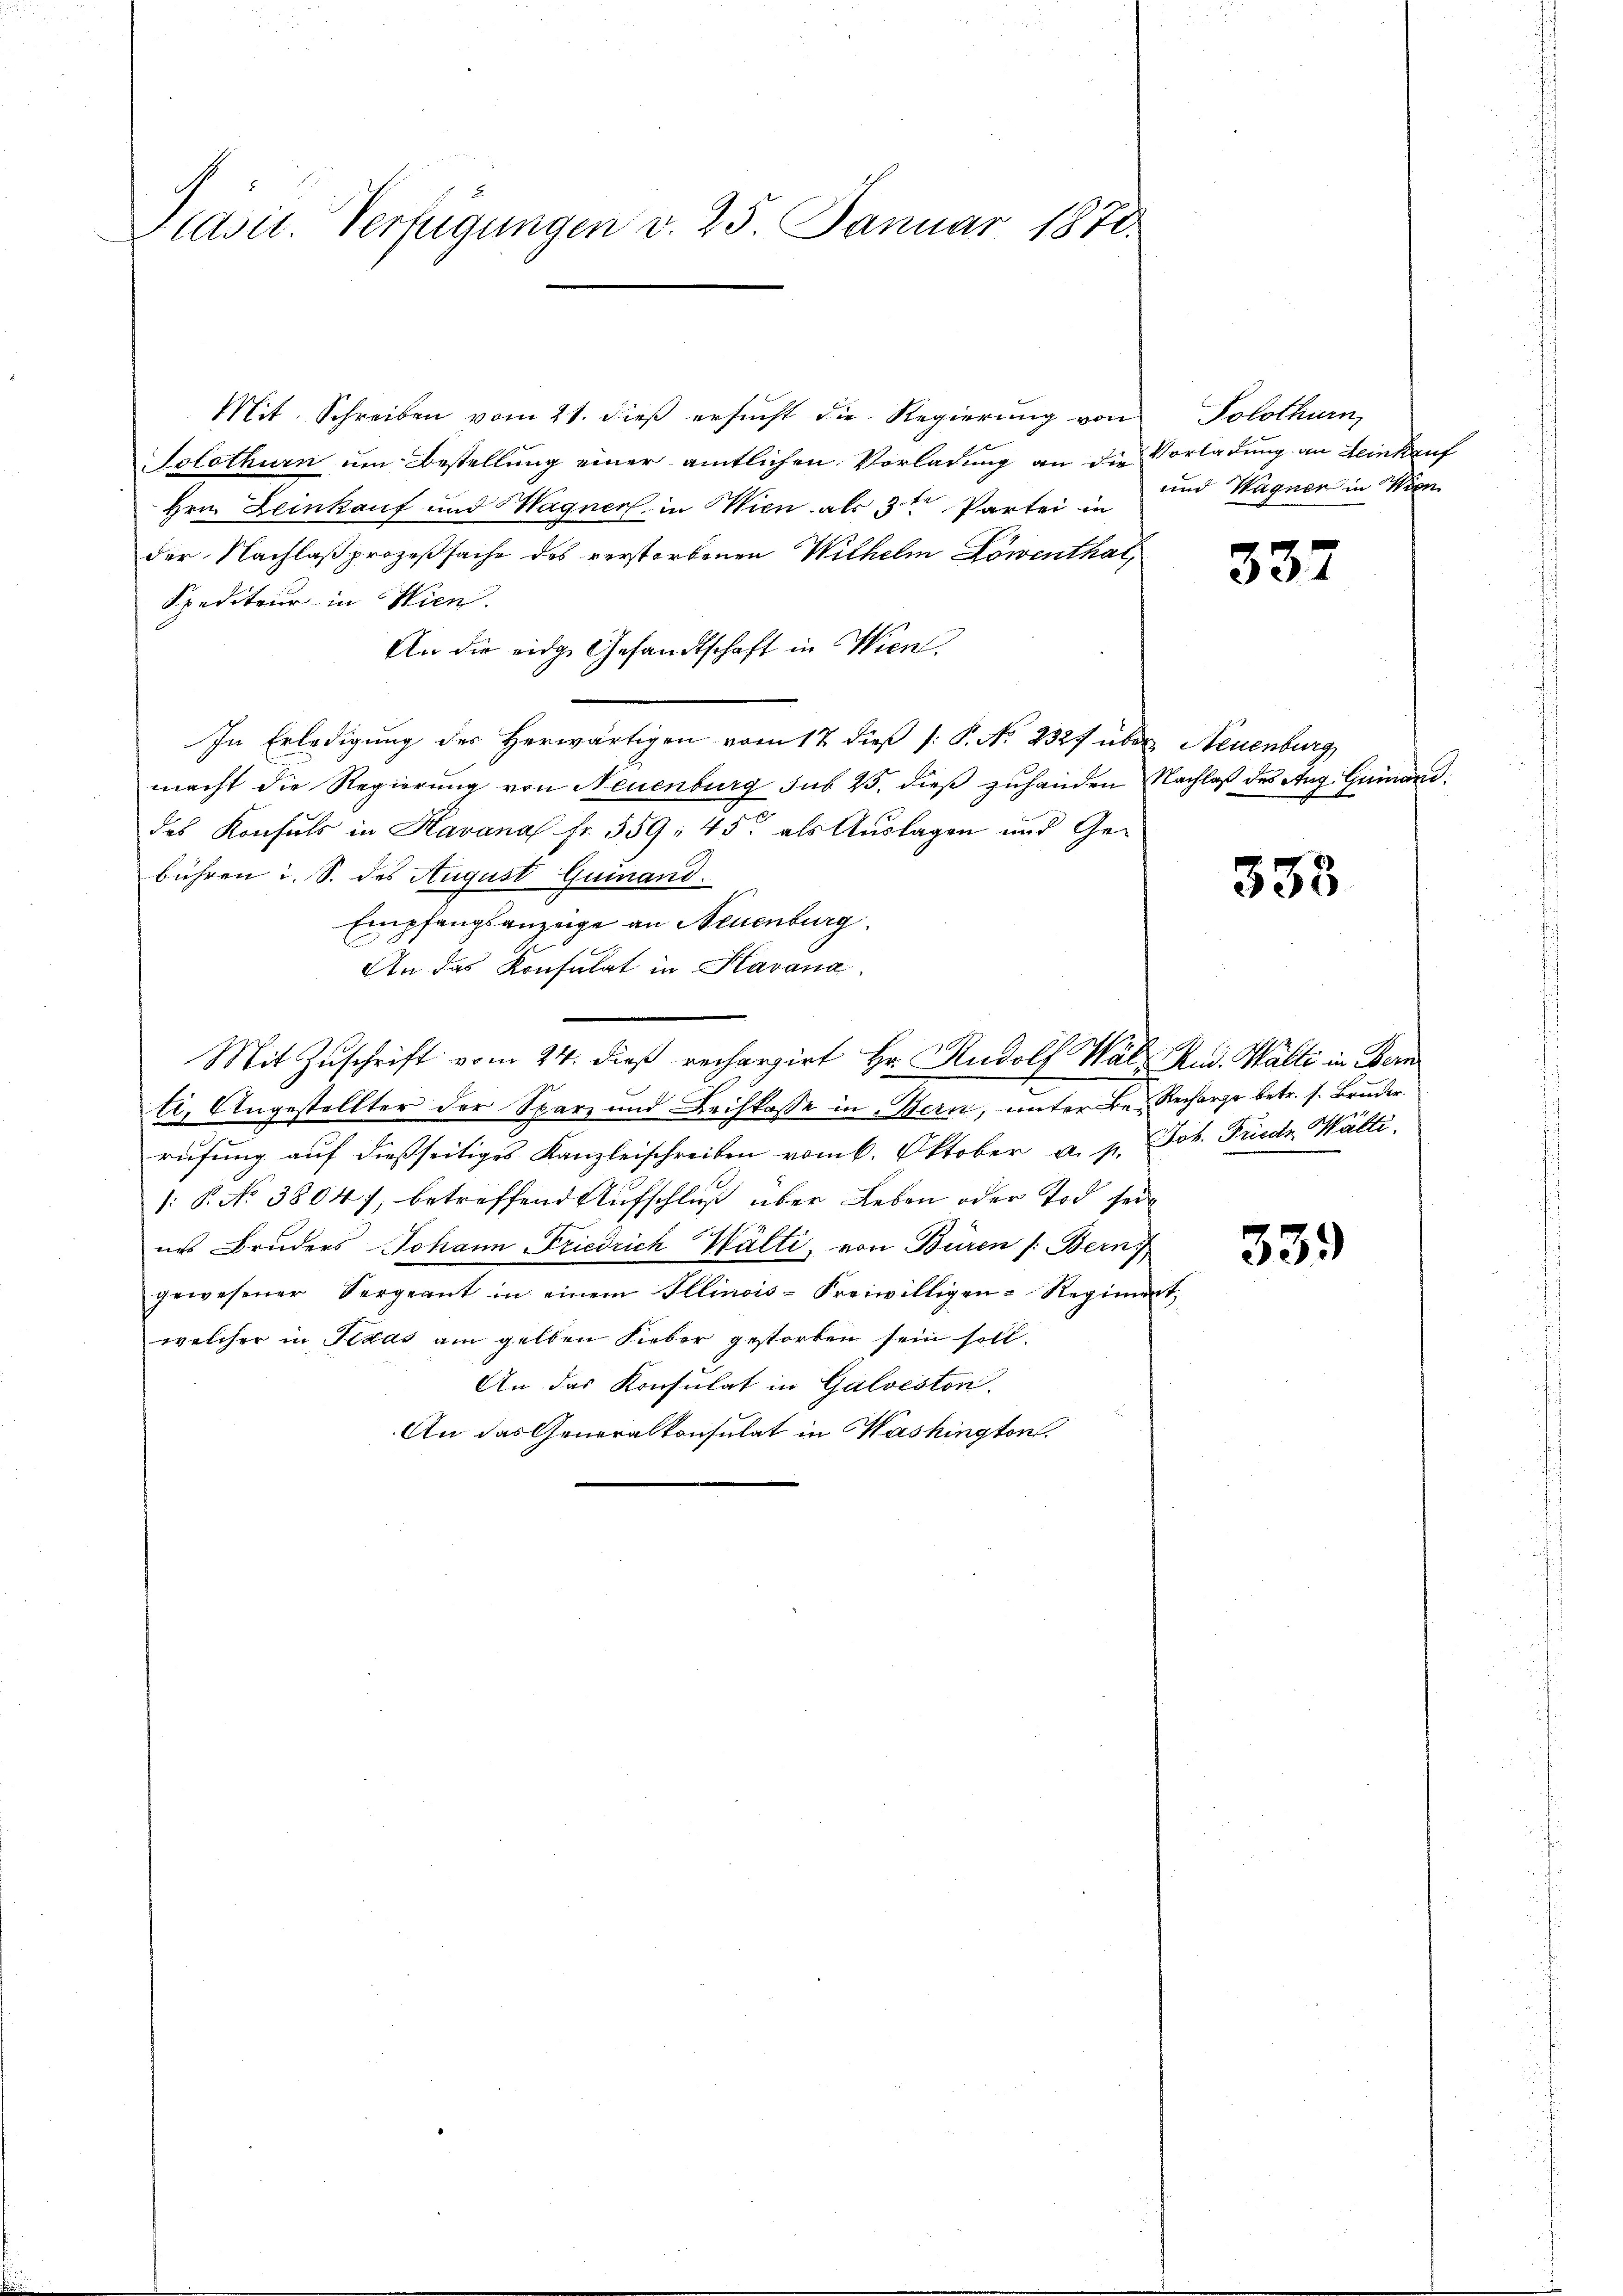
Präsid. Verfügungen v. 25. Januar 1871.

Mit. Schreiben vom 21. dieß ersucht die Regierung von
Solothurn um Bestellung einer amtlichen Vorladung an die Vorladung an Leinkauf
Hrn. Leinkauf und Wagner in Wien als 3 te Partei in
der Nachlaß prozeßsache des verstorbenen Wilhelm Löwenthal,
Spediteur in Wien.
An die eidge Gesandtschaft in Wien,
In Erledigung des Herwärtigen vom 17. dieß 1: P. No. 2327 über Neuenburg
macht die Regierung von Neuenburg sub 25. dieβ zŭhanden Nachlaß des Aug. Guiand
des Konsuls in Havanal fr. 359, 45. als Auslagen und Ge-
bühren i. S. des August Guinand.
Empfangsanzeige an Neuenburg
An das Konsulat in Kavana
Mit Zuschrift vom 24. dieß rechargirt Hr. Rudolf Wal Rud. Walte in Bern
ti, Angestellter der Spar- und Beihkasse in Bern, unter Be- Recharge betr. s. Bruder.
rufung auf dießseitiges Kanzleischreiben vom 6. Oktober a. p. Joh. Friede Wälti¬
1: P. No 3804), betreffend Aufschluß über Leben oder Tod sein
ins Bruders Johann Friedrich Wälti, von Büren /: Bern
gewesener Vergeant in einem Illinois-Freiwilligen-Regimen
welcher in Texas am gelben Fieber gestorben sein soll.
An das Konsulat in Galveston.
An das Generalkonsulat in Washington.

Solothurn,
und Wagner in Wien

2.

337

358

339